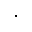
.